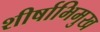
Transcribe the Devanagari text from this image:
शीर्षाभिमुख